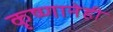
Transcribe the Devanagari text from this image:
कृष्णानेही